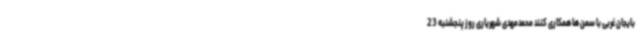
بایجان غربی با سمن ها همکاری کنند محمدمهدی شهریاری روز پنجشنبه 23